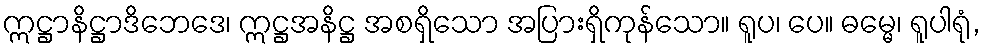
ဣဋ္ဌာနိဋ္ဌာဒိဘေဒေ၊ ဣဋ္ဌအနိဋ္ဌ အစရှိသော အပြားရှိကုန်သော။ ရူပ၊ ပေ။ ဓမ္မေ၊ ရူပါရုံ,